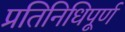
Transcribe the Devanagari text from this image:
प्रतिनिधिपूर्ण